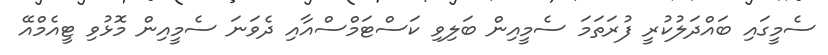
ސެމީގައި ބައްދަލުކުރީ ފުރަތަމަ ސެމީއިން ބަލިވި ކަސްޓަމްސްއާއި ދެވަނަ ސެމީއިން މޮޅުވި ޓީއެމްއޭ